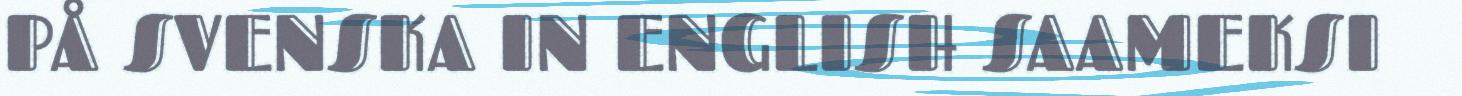
PÅ SVENSKA IN ENGLISH SAAMEKSI